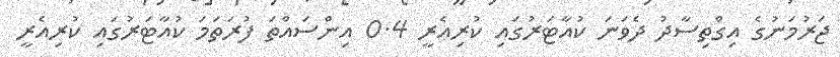
ޖަރުމަނުގެ އިގްތިސާދު ދެވަނަ ކުއާޓަރުގައި ކުރިއެރީ 0.4 އިންސައްތަ ފުރަތަމަ ކުއާޓަރުގައި ކުރިއެރީ